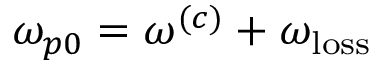
\omega _ { p 0 } = \omega ^ { ( c ) } + \omega _ { \mathrm { l o s s } }